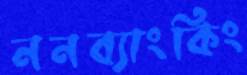
ননব্যাংকিং